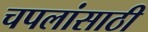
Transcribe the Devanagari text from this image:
चपलांसाठी